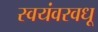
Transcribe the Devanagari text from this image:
स्वयंवरवधू